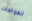
الغواصات